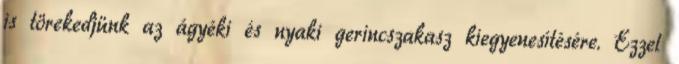
is törekedjünk az ágyéki és nyaki gerincszakasz kiegyenesítésére. Ezzel